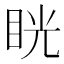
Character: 𥆄